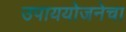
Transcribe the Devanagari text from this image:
उपाययोजनेचा